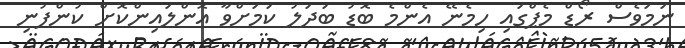
ނަމަވެސް ރޯޑް މެޕްގައި ހިމެނޭ އެންމެ ބޮޑު ބަދަލު ކަމަށްވާ އޮންލައިންކޮށް ކުންފުނި